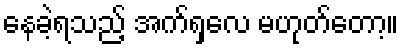
နေခဲ့ရသည့် အက်ရှလေ မဟုတ်တော့။